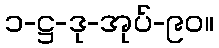
၁-ဋ္ဌ-ဒု-အုပ်-၉၀။